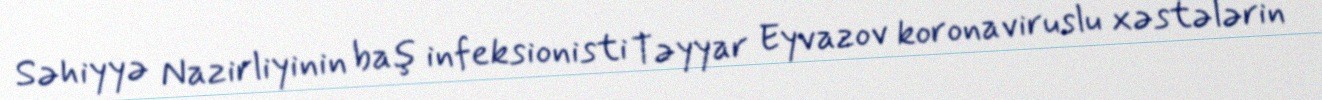
Səhiyyə Nazirliyinin baş infeksionisti Təyyar Eyvazov koronaviruslu xəstələrin